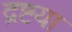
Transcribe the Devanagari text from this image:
द्रष्टया